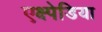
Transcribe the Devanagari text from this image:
एक्ष्पेडिया